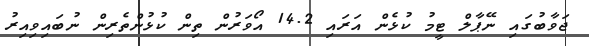
ޖަވާބުގައި ނޭޕާލް ޓީމު ކުޅެން އަރައި 14.2 އޯވަރުން ތިން ކުޅުންތެރިން ނުބައިވިއިރު